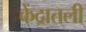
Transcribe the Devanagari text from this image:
केंद्रातली